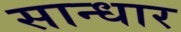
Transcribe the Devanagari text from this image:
सान्धार